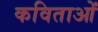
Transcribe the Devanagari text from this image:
कविताओंं